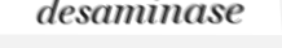
desaminase